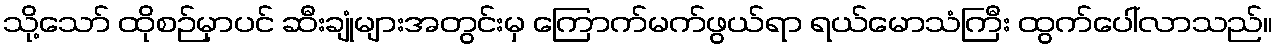
သို့သော် ထိုစဉ်မှာပင် ဆီးချုံများအတွင်းမှ ကြောက်မက်ဖွယ်ရာ ရယ်မောသံကြီး ထွက်ပေါ်လာသည်။